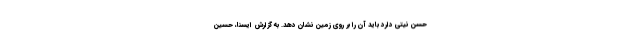
حسن نیتی دارد باید آن را بر روی زمین نشان دهد. به گزارش ایسنا، حسین